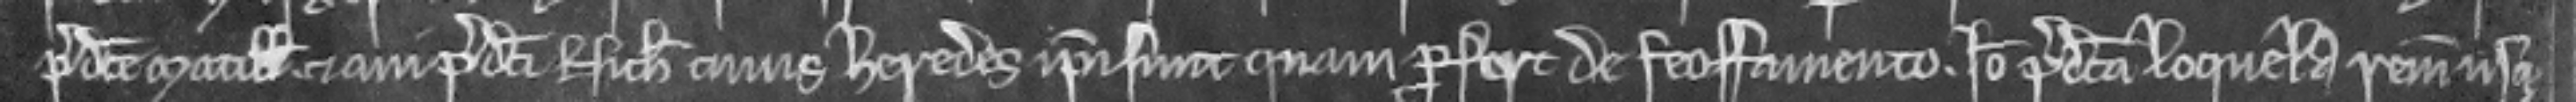
predicte Matillidis et avi predicti Nicholai cujus heredes ipsi sunt quam profert de feoffamento. Ideo predicta loquela remanet usque